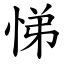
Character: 悌